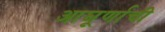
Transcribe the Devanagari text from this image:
आघूर्णाची